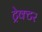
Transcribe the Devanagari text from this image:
ट्रेक्‍टर